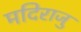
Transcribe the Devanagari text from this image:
मदिराजु